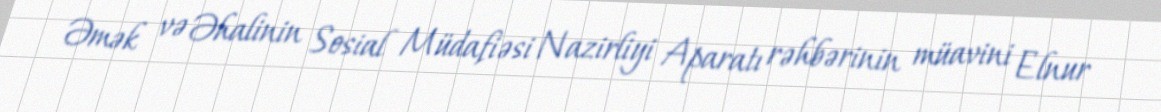
Əmək və Əhalinin Sosial Müdafiəsi Nazirliyi Aparatı rəhbərinin müavini Elnur